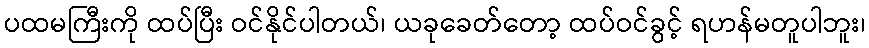
ပထမကြီးကို ထပ်ပြီး ဝင်နိုင်ပါတယ်၊ ယခုခေတ်တော့ ထပ်ဝင်ခွင့် ရဟန်မတူပါဘူး၊